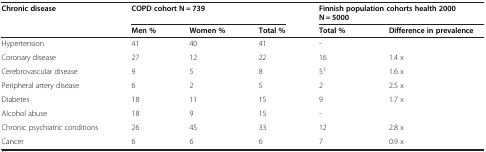
| Chronic disease | <COLSPAN=3> COPD cohort N = 739 | <COLSPAN=2> Finnish population cohorts health 2000N = 5000 |
 |  | Men % | Women % | Total % | Total % | Difference in prevalence |
 | --- | --- | --- | --- | --- | --- |
 | Hypertension | 41 | 40 | 41 | - |  |
 | Coronary disease | 27 | 12 | 22 | 16 | 1.4 x |
 | Cerebrovascular disease | 9 | 5 | 8 | 51 | 1.6 x |
 | Peripheral artery disease | 6 | 2 | 5 | 2 | 2.5 x |
 | Diabetes | 18 | 11 | 15 | 9 | 1.7 x |
 | Alcohol abuse | 18 | 9 | 15 | - |  |
 | Chronic psychiatric conditions | 26 | 45 | 33 | 12 | 2.8 x |
 | Cancer | 6 | 6 | 6 | 7 | 0.9 x |